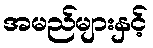
အမည်များနှင့်